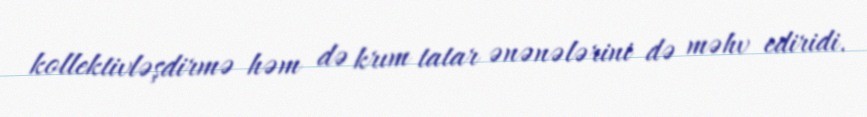
kollektivləşdirmə həm də krım tatar ənənələrini də məhv ediridi.